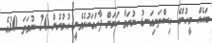
ބައެއް މީހުންގެ އިސްތަށިގަނޑު ނުރަވާ ކަމަށް ފާހަގަކުރެވެނީ އުމުރުން 20 ނުވަތަ 30ގެ